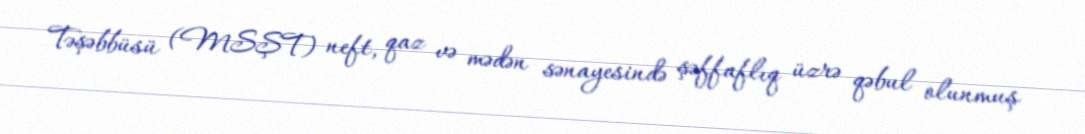
Təşəbbüsü (MSŞT) neft, qaz və mədən sənayesində şəffaflıq üzrə qəbul olunmuş